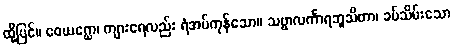
ထို့ပြင်။ ဝေယဂ္ဃော၊ ကျားရေလည်း ရံအပ်ကုန်သော။ သဗ္ဗာလင်္ကာရဘူသိတာ၊ ခပ်သိမ်းသော